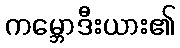
ကမ္ဘောဒီးယား၏